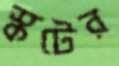
স্কটের